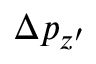
\Delta p _ { z ^ { \prime } }